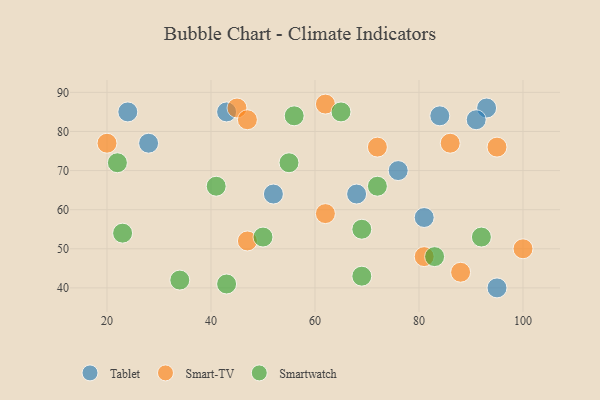
{"axis": {"x": "GDP", "y": "Life Expectancy"}, "legend": ["Smart-TV", "Smartwatch", "Tablet"], "data": [{"x": "28", "y": 77, "type": "Tablet"}, {"x": "68", "y": 64, "type": "Tablet"}, {"x": "93", "y": 86, "type": "Tablet"}, {"x": "76", "y": 70, "type": "Tablet"}, {"x": "91", "y": 83, "type": "Tablet"}, {"x": "24", "y": 85, "type": "Tablet"}, {"x": "95", "y": 40, "type": "Tablet"}, {"x": "52", "y": 64, "type": "Tablet"}, {"x": "43", "y": 85, "type": "Tablet"}, {"x": "84", "y": 84, "type": "Tablet"}, {"x": "81", "y": 58, "type": "Tablet"}, {"x": "45", "y": 86, "type": "Smart-TV"}, {"x": "62", "y": 59, "type": "Smart-TV"}, {"x": "62", "y": 87, "type": "Smart-TV"}, {"x": "47", "y": 52, "type": "Smart-TV"}, {"x": "95", "y": 76, "type": "Smart-TV"}, {"x": "86", "y": 77, "type": "Smart-TV"}, {"x": "100", "y": 50, "type": "Smart-TV"}, {"x": "47", "y": 83, "type": "Smart-TV"}, {"x": "81", "y": 48, "type": "Smart-TV"}, {"x": "72", "y": 76, "type": "Smart-TV"}, {"x": "20", "y": 77, "type": "Smart-TV"}, {"x": "88", "y": 44, "type": "Smart-TV"}, {"x": "22", "y": 72, "type": "Smartwatch"}, {"x": "41", "y": 66, "type": "Smartwatch"}, {"x": "55", "y": 72, "type": "Smartwatch"}, {"x": "65", "y": 85, "type": "Smartwatch"}, {"x": "69", "y": 43, "type": "Smartwatch"}, {"x": "23", "y": 54, "type": "Smartwatch"}, {"x": "56", "y": 84, "type": "Smartwatch"}, {"x": "34", "y": 42, "type": "Smartwatch"}, {"x": "72", "y": 66, "type": "Smartwatch"}, {"x": "83", "y": 48, "type": "Smartwatch"}, {"x": "92", "y": 53, "type": "Smartwatch"}, {"x": "43", "y": 41, "type": "Smartwatch"}, {"x": "50", "y": 53, "type": "Smartwatch"}, {"x": "69", "y": 55, "type": "Smartwatch"}]}